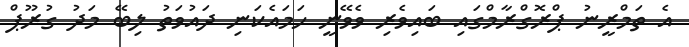
އެ ތަމްރީނު ޕްރޮގްރާމްގައި ބައިވެރި ވެވޭނީ ހަމައެކަނި ދައުވަތު ލިބޭ މަދު ގުރޫޕް